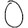
Digit: 0